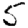
Digit: 5